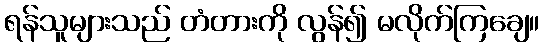
ရန်သူများသည် တံတားကို လွန်၍ မလိုက်ကြချေ။